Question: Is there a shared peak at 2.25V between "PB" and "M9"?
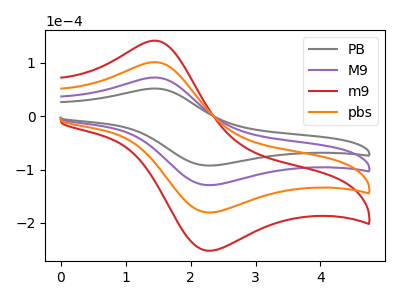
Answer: <think>The gray curve "PB" has an anodic peak at (1.45V, 51.90uA) and a cathodic peak at (2.25V, -92.35uA). The purple curve "M9" has an anodic peak at (1.45V, 72.55uA) and a cathodic peak at (2.25V, -129.00uA). The red curve "m9" has an anodic peak at (1.45V, 217.60uA) and a cathodic peak at (2.25V, -387.00uA). The orange curve "pbs" has an anodic peak at (1.45V, 145.05uA) and a cathodic peak at (2.25V, -258.00uA).</think>
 <answer>Yes, "PB" and "M9" share a peak at 2.25V.</answer>
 <eval>match</eval>